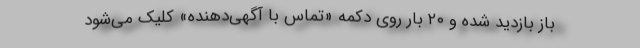
باز بازدید شده و ۲۰ بار روی دکمه «تماس با آگهی‌دهنده» کلیک می‌شود